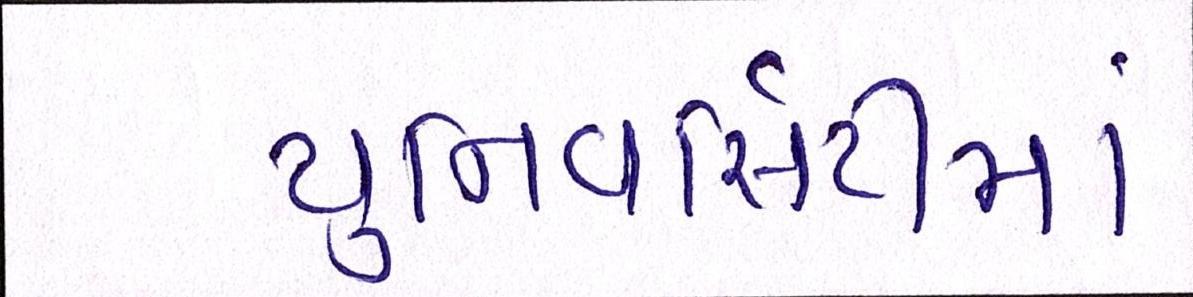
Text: યુનિવર્સિટીમાં